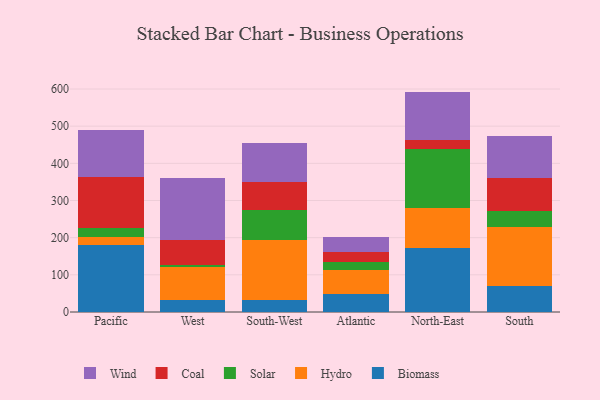
{"axis": {"x": "Region", "y": "Energy Usage (MWh)"}, "legend": ["Biomass", "Coal", "Hydro", "Solar", "Wind"], "data": [{"x": "Pacific", "y": 179.3, "type": "Biomass"}, {"x": "Pacific", "y": 21.4, "type": "Hydro"}, {"x": "Pacific", "y": 26.0, "type": "Solar"}, {"x": "Pacific", "y": 136.2, "type": "Coal"}, {"x": "Pacific", "y": 125.9, "type": "Wind"}, {"x": "West", "y": 31.4, "type": "Biomass"}, {"x": "West", "y": 88.8, "type": "Hydro"}, {"x": "West", "y": 6.2, "type": "Solar"}, {"x": "West", "y": 66.3, "type": "Coal"}, {"x": "West", "y": 166.6, "type": "Wind"}, {"x": "South-West", "y": 31.3, "type": "Biomass"}, {"x": "South-West", "y": 163.0, "type": "Hydro"}, {"x": "South-West", "y": 79.0, "type": "Solar"}, {"x": "South-West", "y": 76.4, "type": "Coal"}, {"x": "South-West", "y": 105.0, "type": "Wind"}, {"x": "Atlantic", "y": 48.1, "type": "Biomass"}, {"x": "Atlantic", "y": 64.3, "type": "Hydro"}, {"x": "Atlantic", "y": 21.0, "type": "Solar"}, {"x": "Atlantic", "y": 26.8, "type": "Coal"}, {"x": "Atlantic", "y": 42.3, "type": "Wind"}, {"x": "North-East", "y": 171.3, "type": "Biomass"}, {"x": "North-East", "y": 108.9, "type": "Hydro"}, {"x": "North-East", "y": 158.8, "type": "Solar"}, {"x": "North-East", "y": 23.3, "type": "Coal"}, {"x": "North-East", "y": 130.7, "type": "Wind"}, {"x": "South", "y": 69.7, "type": "Biomass"}, {"x": "South", "y": 160.0, "type": "Hydro"}, {"x": "South", "y": 41.5, "type": "Solar"}, {"x": "South", "y": 89.1, "type": "Coal"}, {"x": "South", "y": 114.0, "type": "Wind"}]}